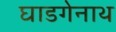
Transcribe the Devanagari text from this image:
घाडगेनाथ